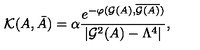
{ \cal K } ( A , \bar { A } ) = \alpha { \frac { e ^ { - \varphi ( { \cal G } ( A ) , \overline { { { \cal G } ( A ) } } ) } } { | { \cal G } ^ { 2 } ( A ) - \Lambda ^ { 4 } | } } ,